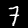
Label: 7